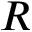
R